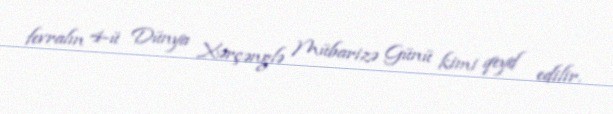
fevralın 4-ü Dünya Xərçənglə Mübarizə Günü kimi qeyd edilir.